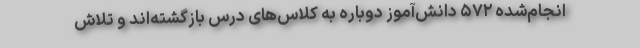
انجام‌شده ۵۷۲ دانش‌آموز دوباره به کلاس‌های درس بازگشته‌اند و تلاش